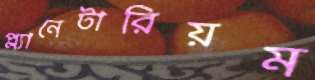
প্ল্যানেটারিয়ম